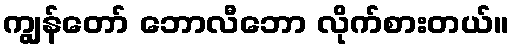
ကျွန်တော် ဘောလီဘော လိုက်စားတယ်။